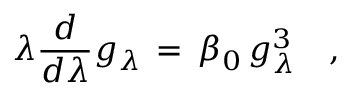
\lambda { \frac { d } { d \lambda } } g _ { \lambda } \, = \, \beta _ { 0 } \, g _ { \lambda } ^ { 3 } \quad ,